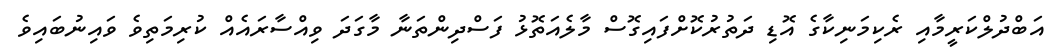
އަބްދުލްކަރީމާއި ރެކިމަނިކާގެ އޮޑި ދަތުރުކޮށްފައިގޮސް މާލެއަތޮޅު ފަސްދިންތަނާ މާގަދަ ވިއްސާރައެއް ކުރިމަތިވެ ވައިނުބައިވެ